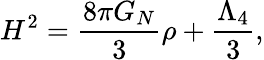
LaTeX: H^{2}=\frac{8\pi G_{N}}{3}\rho+\frac{\Lambda_{4}}{3},